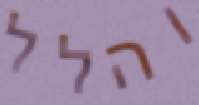
והלל